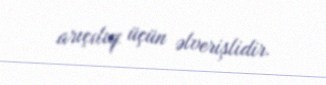
arıçılıq üçün əlverişlidir.